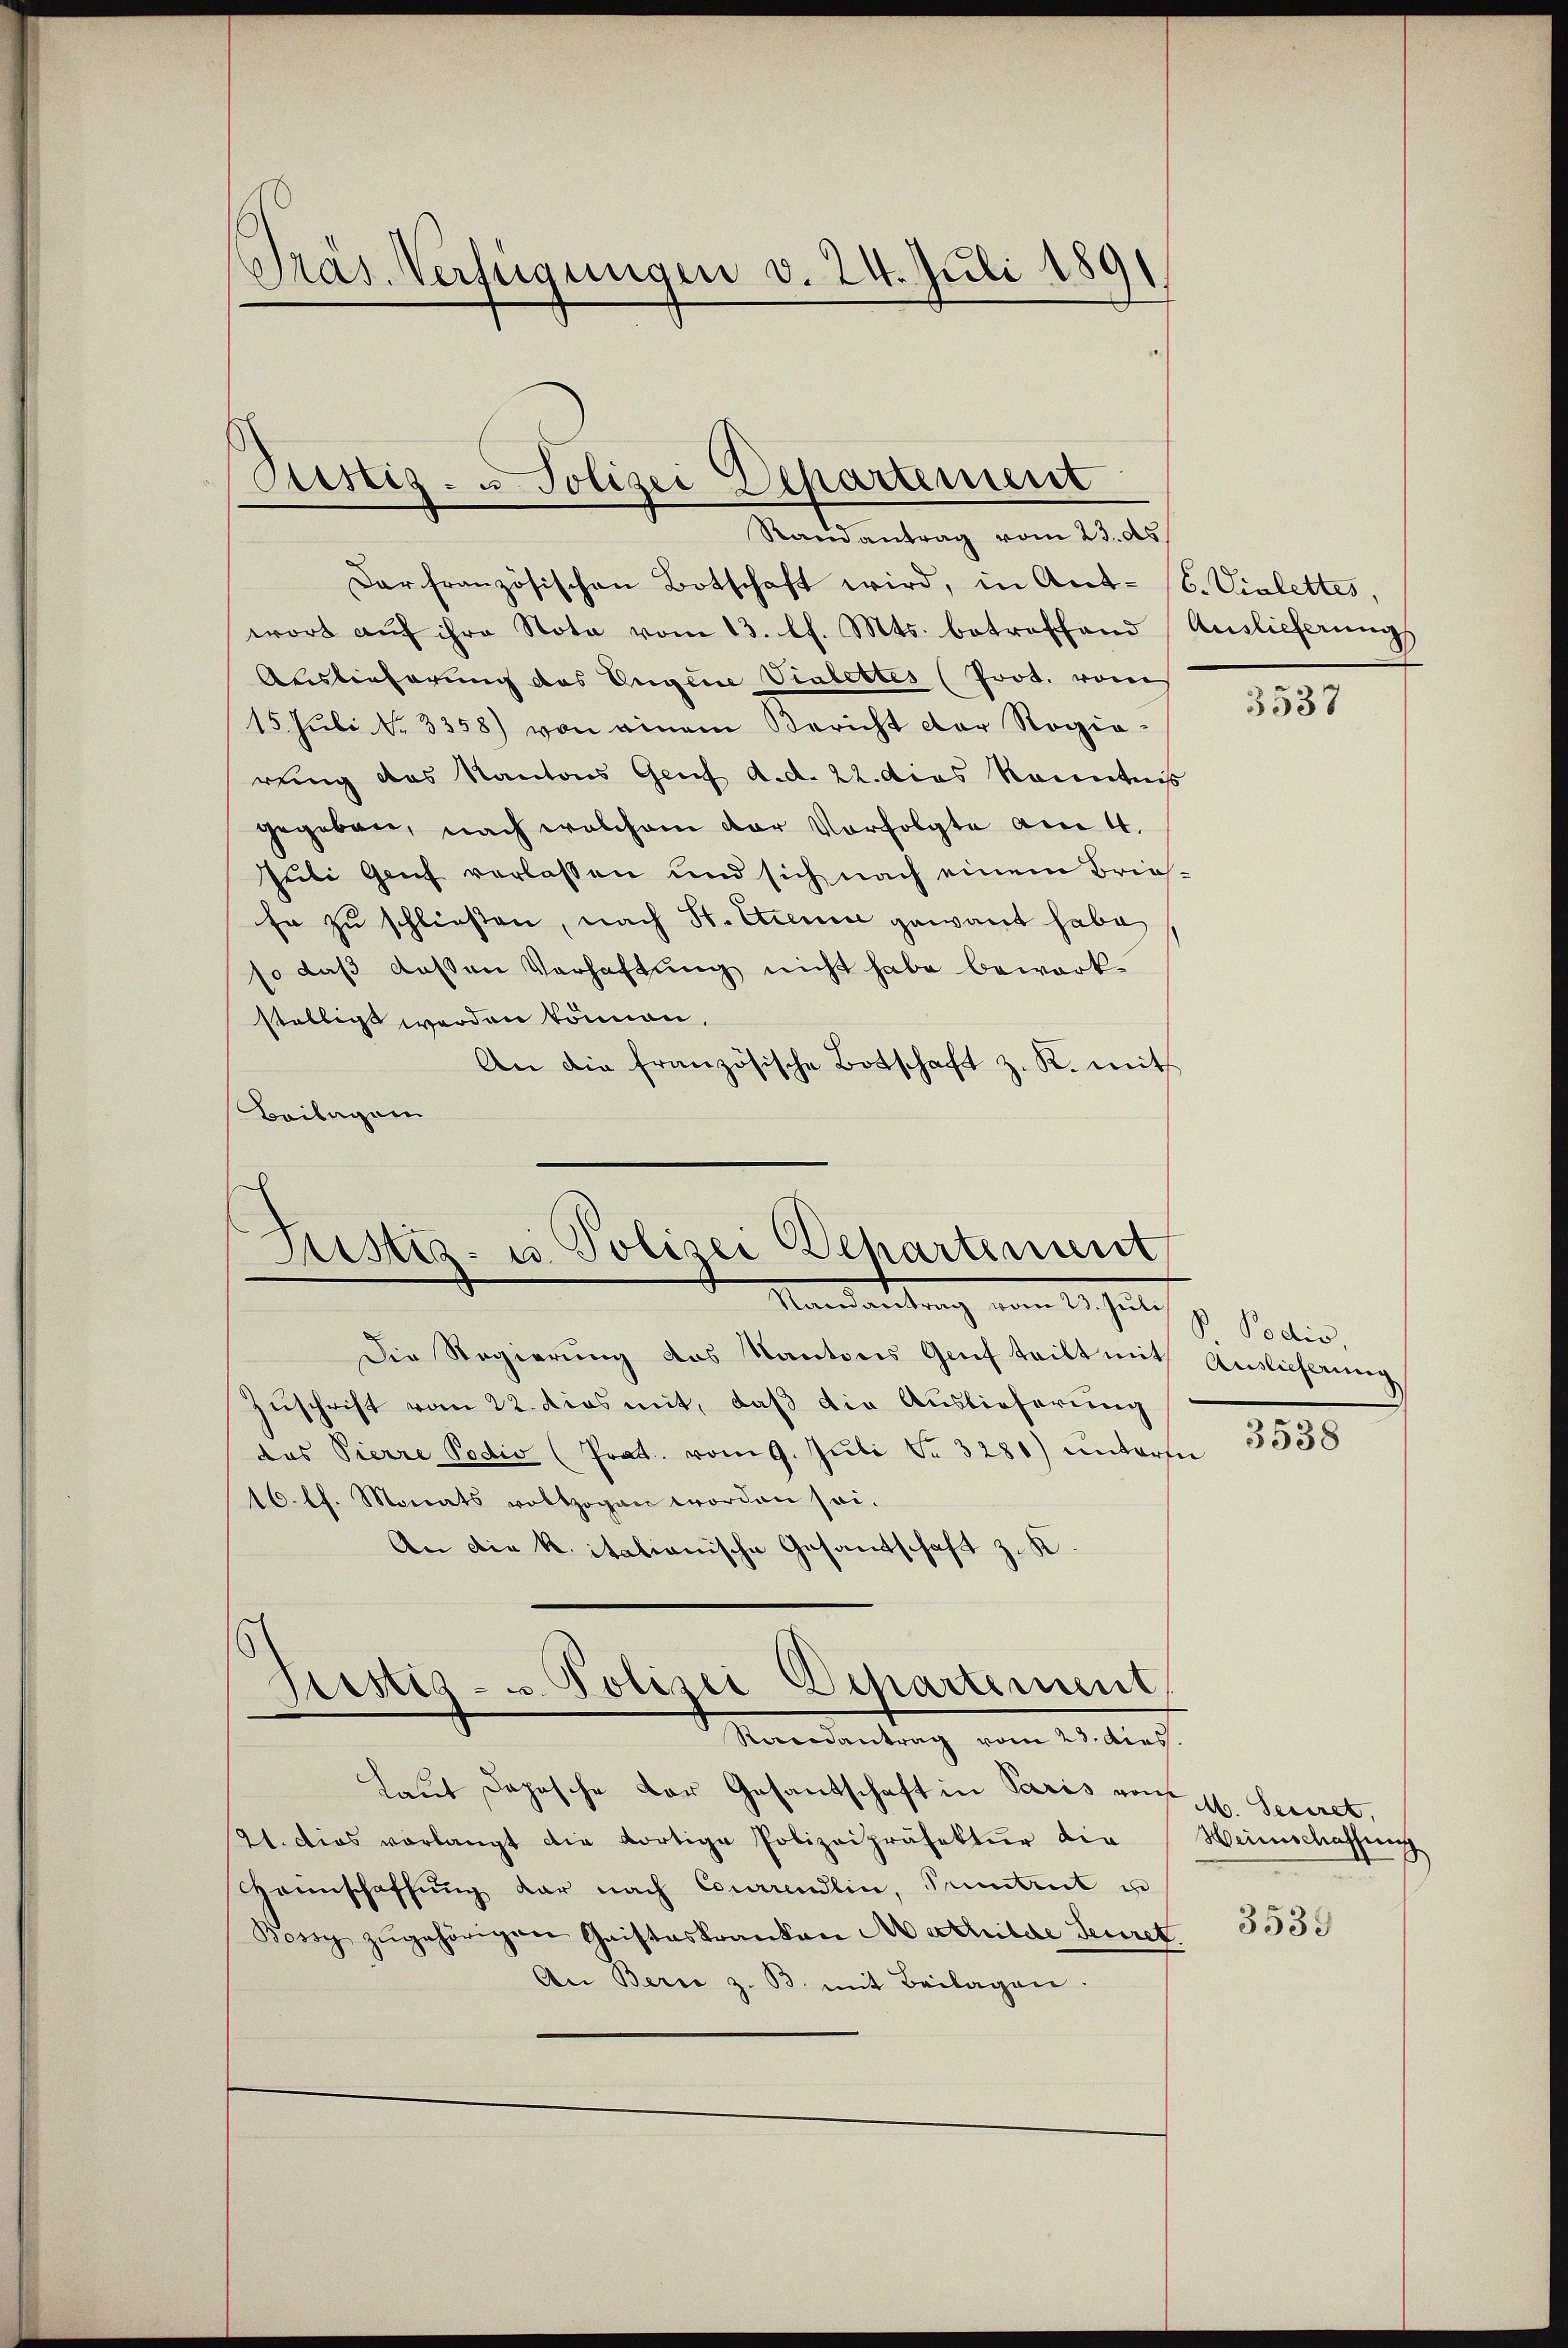
Präs. Verfügungen v. 24. Juli 1891

Ristig. - Polizei Departement
Randantrag vom 23. ds.

Dar französischen Botschaft wird, in Ant. 16. Vielettes,
wort aŭf ihre Nota vom 13. l. Mts. betroffend Auslieferungs
Auslieferung des Eugene Vialettes (Prot. vom
15. Juli No 3358) von einem Bericht der Rogio-
rung das Kantons Genf d. d. 22. dies Kenntnis
gegeben, nach welchem der Verfolgte am 4.
Juli Genf verlassen und sich nach einem Brief-
Er zu schließen, nach St. Ctremie gewant habe
so daß dassen Verhaftung nicht habe bewerkstelligt werden können.
An die französische Botschaft z. R. mit
Beilagen

Justiz- u. Polizei Departement
Randantrag vom 23. Juli

Pristig- u Polizei Departement
Rondantrag vom 23. dies.

Die Regierung des Kantons Genf teilt mit Auslieferung
Zuschrift vom 22. dies mit, daß die Auslieferung
das Pierre Podio (Prat. vom 9. Juli Nr. 3281) unterm
16. ff. Monats vollzogen worden sei.
An die k. itationische Gesandtschaft z. K
Laut Dopische der Gesantschaft in Paris von 16. Seciret,
21. dies vorlangt die dortige Polizeipräsektur die
Haunschaffung dar nach Courrendlin, Pruntrut un
Bossy zŭgehörigen Gaisteskranken Mathilde Feuret.
An Berie z. B. mit Beilagen.

3537

B Podio,

3538

Heinschaffung

3539